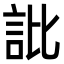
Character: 䚹